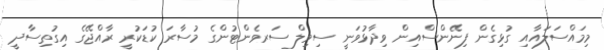
މިމައްސަލައާއި ގުޅިގެން ފިނޭންސްއިން ވިދާޅުވަނީ ސިވިލް ސަރވެންޓުންގެ މުސާރަ ކުޑަކުރީ ރާއްޖޭގެ އިގުތިސާދީ